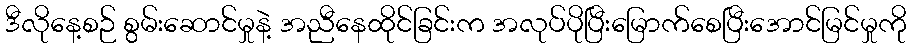
ဒီလိုနေ့စဉ် စွမ်းဆောင်မှုနဲ့ အညီနေထိုင်ခြင်းက အလုပ်ပိုပြီးမြောက်စေပြီးအောင်မြင်မှုကို